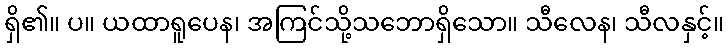
ရှိ၏။ ပ။ ယထာရူပေန၊ အကြင်သို့သဘောရှိသော။ သီလေန၊ သီလနှင့်။